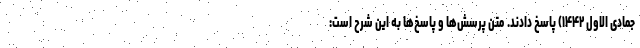
جمادی الاول ۱۴۴۲) پاسخ دادند. متن پرسش‌ها و پاسخ‌ها به این شرح است: